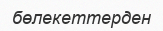
бөлекеттерден